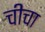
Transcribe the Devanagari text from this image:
चीचा